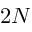
2 N